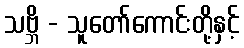
သဗ္ဘိ - သူတော်ကောင်းတို့နှင့်